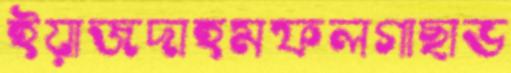
ইয়াজদাহমফলগাছাভ